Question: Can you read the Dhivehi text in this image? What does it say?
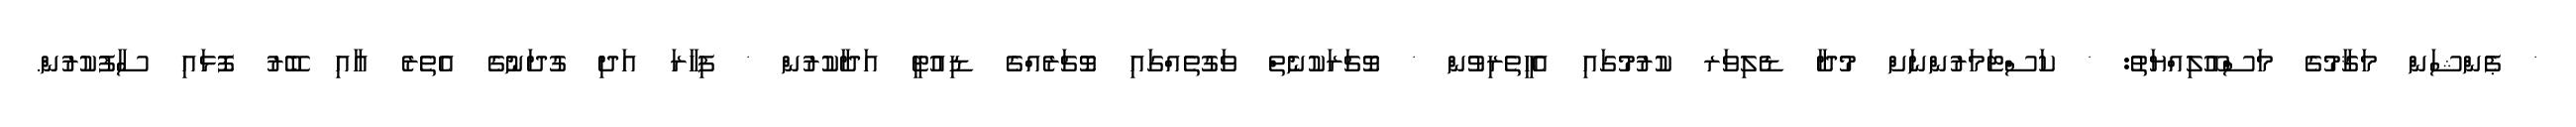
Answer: * ޕެންޝަން މަޤާމުގެ މަސްއޫލިއްޔަތު: * ކަސްޓަމަރުންނަށް މުދާ ޑެލިވަރ ކުރުމުގައި އެހީތެރިވުން * ވޮޗަރަކުނެތް ވަގުތެއްގައި ވޮޗަރެއްގެ ޑިއުޓީ އަދާކުރުން * ފިހާރަ އަދި ގުދަނުގެ އެތެރެ އާއި ބޭރު ފޮޅައި ސާފުކުރުން.